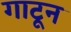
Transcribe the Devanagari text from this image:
गाटून